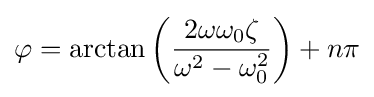
\varphi =\arctan \left({\frac {2\omega \omega _{0}\zeta }{\omega ^{2}-\omega _{0}^{2}}}\right)+n\pi